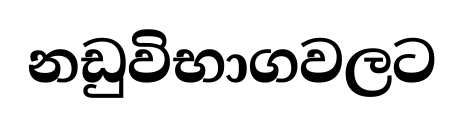
නඩුවිභාගවලට